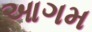
આગમ